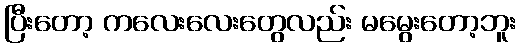
ပြီးတော့ ကလေးလေးတွေလည်း မမွေးတော့ဘူး